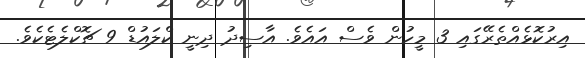
އިރުކޮޅެއްތެރޭގައި 3 މީހުން ވެސް އައެވެ. އާސިދު ދިނީ ކްލައުޑް 9 ޗޮކްލެޓެކެވެ.